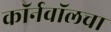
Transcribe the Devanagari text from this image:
कॉर्नवॉलचा